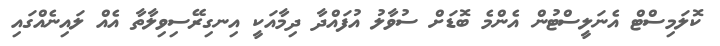
ކޮލަމިސްޓް އެނަލީސްޓުން އެންމެ ބޮޑަށް ސުވާލު އުފައްދާ ދިމާއަކީ އިނގިރޭސިވިލާތާ އެއް ލައިނެއްގައި